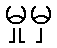
မှုမှ